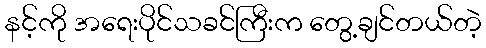
နင့်ကို အရေးပိုင်သခင်ကြီးက တွေ့ချင်တယ်တဲ့